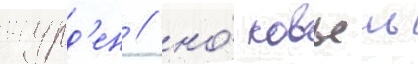
журд'ен / но́ ковьель